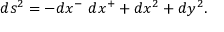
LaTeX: d s ^ { 2 } = - d x ^ { - } ~ d x ^ { + } + d x ^ { 2 } + d y ^ { 2 } .